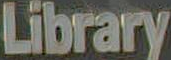
Library